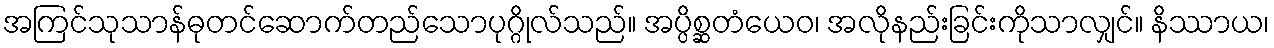
အကြင်သုသာန်ဓုတင်ဆောက်တည်သောပုဂ္ဂိုလ်သည်။ အပ္ပိစ္ဆတံယေဝ၊ အလိုနည်းခြင်းကိုသာလျှင်။ နိဿာယ၊